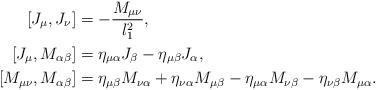
LaTeX: \begin{align*} [J_\mu,J_\nu]&=-\frac{M_{\mu\nu}}{l_1^2},\\ [J_\mu,M_{\alpha\beta}]&=\eta_{\mu\alpha}J_\beta-\eta_{\mu\beta}J_\alpha,\\ [M_{\mu\nu},M_{\alpha\beta}]&=\eta_{\mu\beta}M_{\nu\alpha}+\eta_{\nu\alpha}M_{\mu\beta}-\eta_{\mu\alpha}M_{\nu\beta}-\eta_{\nu\beta}M_{\mu\alpha}.\end{align*}